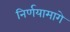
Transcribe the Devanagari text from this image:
निर्णयामागे